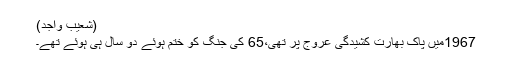
(شعیب واجد)
1967میں پاک بھارت کشیدگی عروج پر تھی،65 کی جنگ کو ختم ہوئے دو سال ہی ہوئے تھے۔